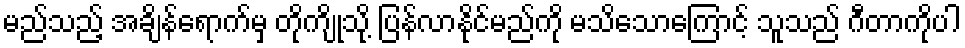
မည်သည့် အချိန်ရောက်မှ တိုကျိုသို့ ပြန်လာနိုင်မည်ကို မသိသောကြောင့် သူသည် ဂီတာကိုပါ